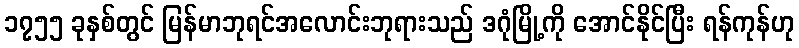
၁၇၅၅ ခုနှစ်တွင် မြန်မာဘုရင်အလောင်းဘုရားသည် ဒဂုံမြို့ကို အောင်နိုင်ပြီး ရန်ကုန်ဟု